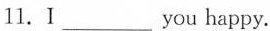
11.I ___ you happy.